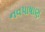
નવપાષાણ